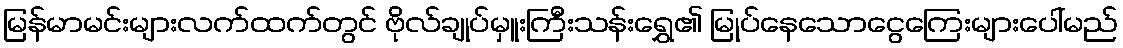
မြန်မာမင်းများလက်ထက်တွင် ဗိုလ်ချုပ်မှူးကြီးသန်းရွှေ၏ မြုပ်နေသောငွေကြေးများပေါ်မည်